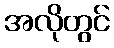
အလိုတွင်